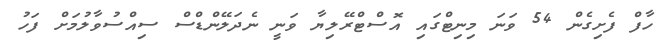
ހާފް ފެށިގެން 54 ވަނަ މިނިޓްގައި އޮސްޓްރޭލިޔާ ވަނީ ނެދަލޭންޑްސް ސިއްސުވާލުމަށް ފަހު